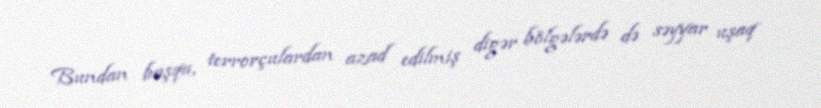
Bundan başqa, terrorçulardan azad edilmiş digər bölgələrdə də səyyar uşaq